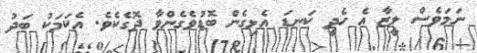
ނަމަވެސް ލީޒާ އެ ހެދީ ކަނޑަ އެޅިގެން ބޮޑުވެގެންވާ ދޮގެކެވެ. އެކަމަކު ބަދު